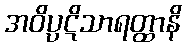
အဝိပ္ပဋိသာရတ္ထာနိ